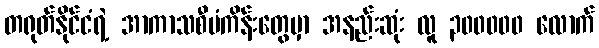
တရုတ်နိုင်ငံရဲ့ အာကာသစီမံကိန်းတွေမှာ အနည်းဆုံး လူ ၃၀၀၀၀၀ လောက်